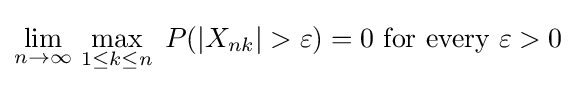
\lim _{n\to \infty }\,\max _{1\leq k\leq n}\;P(\left|X_{nk}\right|>\varepsilon )=0{\text{ for every }}\varepsilon >0